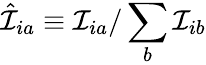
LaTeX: \hat{\mathcal{I}}_{ia}\equiv\mathcal{I}_{ia}/\sum_{b}\mathcal{I}_{ib}